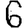
Digit: 6